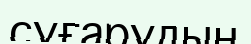
суғарудың